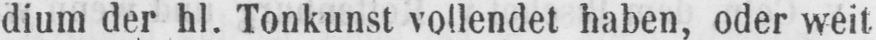
dium der hl. Tonkunst vollendet haben, oder weit